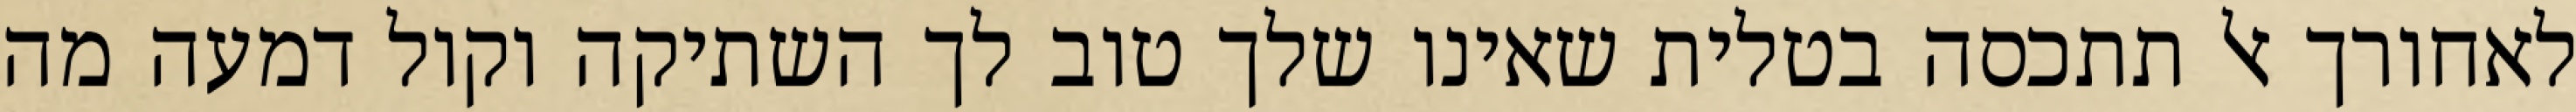
לאחורך אל תתכסה בטלית שאינו שלך טוב לך השתיקה וקול דמעה מה